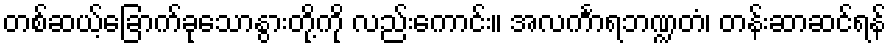
တစ်ဆယ့်ခြောက်ခုသောနွားတို့ကို လည်းကောင်း။ အလင်္ကာရဘဏ္ဍတံ၊ တန်းဆာဆင်ရန်